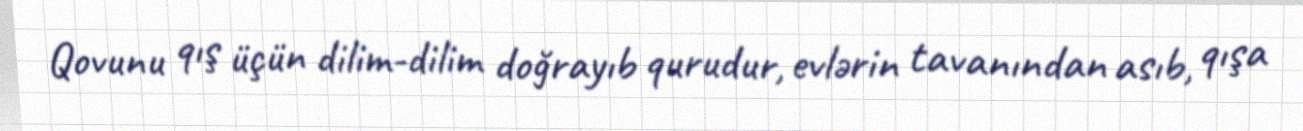
Qovunu qış üçün dilim-dilim doğrayıb qurudur, evlərin tavanından asıb, qışa